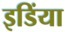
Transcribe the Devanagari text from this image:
इडिंया